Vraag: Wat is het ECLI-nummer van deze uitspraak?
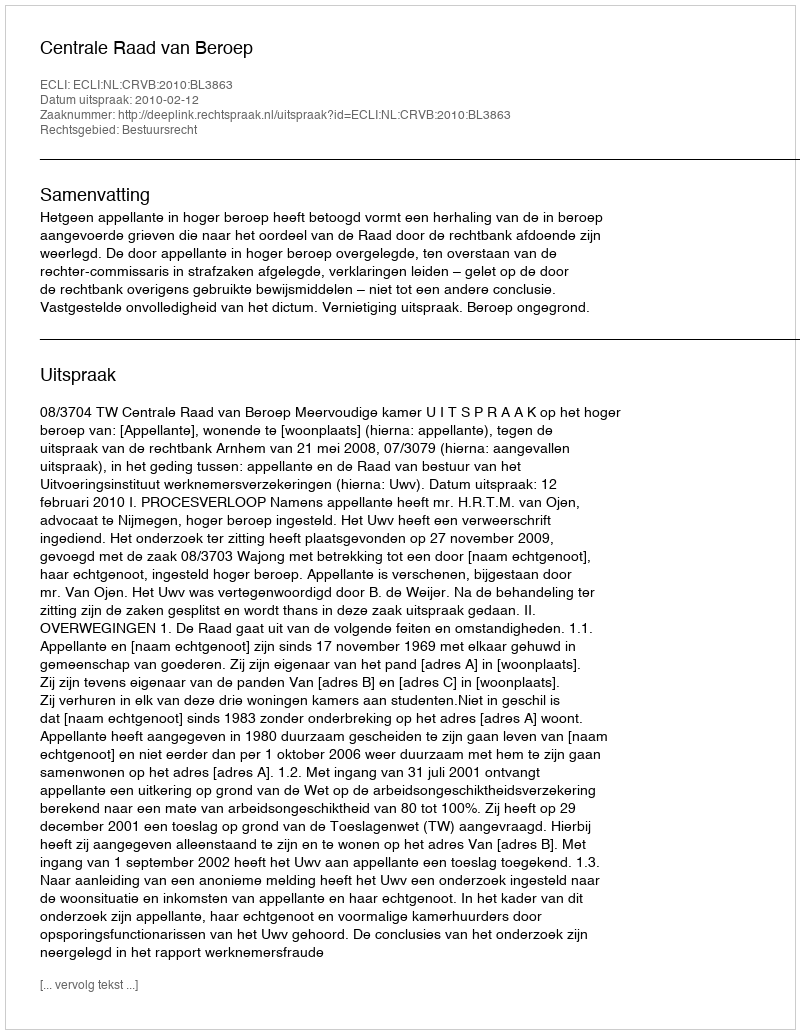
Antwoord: ECLI:NL:CRVB:2010:BL3863